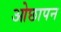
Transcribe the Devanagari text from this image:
ओछापन